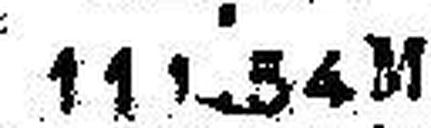
111.54 M